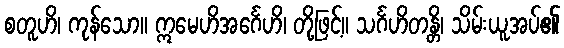
စတူဟိ၊ ကုန်သော။ ဣမေဟိအင်္ဂေဟိ၊ တို့ဖြင့်။ သင်္ဂဟိတန္တိ၊ သိမ်းယူအပ်၏